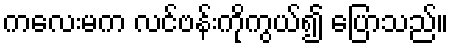
ကလေးမက လင်ဗန်းကိုကွယ်၍ ပြောသည်။